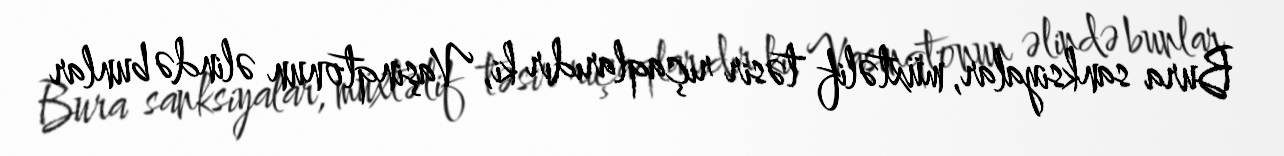
Bura sanksiyalar, müxtəlif təsir rıçaqlarıdır ki, Vaşinqtonun əlində bunlar